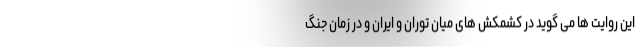
این روایت ها می گوید در کشمکش های میان توران و ایران و در زمان جنگ